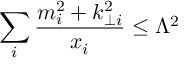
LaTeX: \sum _ { i } \frac { m _ { i } ^ { 2 } + k _ { \perp i } ^ { 2 } } { x _ { i } } \leq \Lambda ^ { 2 }